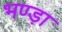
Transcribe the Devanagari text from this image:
भण्ड़ा